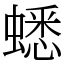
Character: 蟋